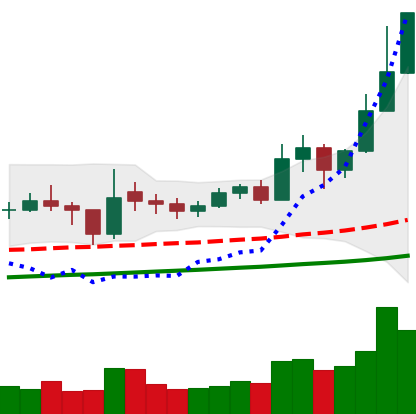
Ticker: ETC-USD
Chart end date: 2021-02-11
Forward return: 22.968%
Label: up_7plus